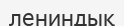
лениндық